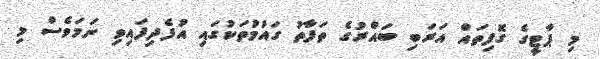
މި ޕާޓީގެ ގޮފިތައް އަރަބި ބައްރުގެ ތަފާތު ގައުމުތަކުގައި އުފެދިފައިވި ނަމަވެސް މި